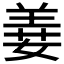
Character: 𦎕